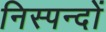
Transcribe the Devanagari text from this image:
निस्पन्दों